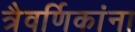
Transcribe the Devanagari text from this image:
त्रैवर्णिकांना